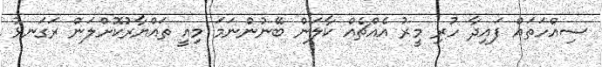
ސިއްހަތައް ފައިދާ ހުރި މީރު އެއްޗެއް ކާލަން ބޭނުންނަމަ މިއީ ތައްޔާރުކޮށްލަން ރަގަނޅު